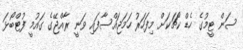
ސަން ޓީމުގެ ހެޑް ކޯޗަކަށް މިފަހަރު ހަމަޖައްސާފައި ވަނީ ރާއްޖޭގެ ގައުމީ ފުޓްބޯޅަ